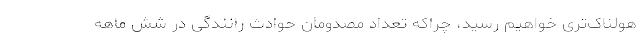
هولناک‌تری خواهیم رسید، چراکه تعداد مصدومان حوادث رانندگی در شش ماهه